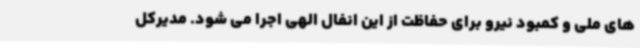
های ملی و کمبود نیرو برای حفاظت از این انفال الهی اجرا می شود. مدیرکل